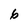
Character: 6